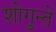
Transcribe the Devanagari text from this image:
शोगुन्ते